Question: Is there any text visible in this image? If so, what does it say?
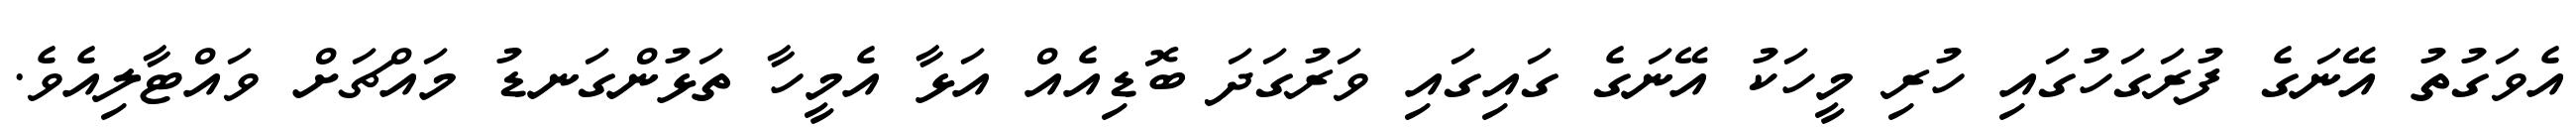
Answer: އެވަގުތު އޭނަގެ ފުރަގަހުގައި ހުރި މީހަކު އޭނަގެ ގައިގައި ވަރުގަދަ ބޮޑިއެއް އަޅާ އެމީހާ ތަޅުންގަނޑު މައްޗަށް ވައްޓާލިއެވެ.